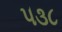
૫૩૮